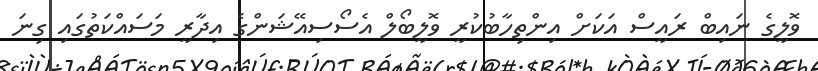
ވޮލީގެ ނައިބް ރައީސް އަކަށް އިންތިހާބުކުރީ ވޮލީބޯލް އެސޯސިއޭޝަންގެ އިދާރީ މަސައްކަތުގައި ގިނަ